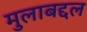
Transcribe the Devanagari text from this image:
मुलाबद्दल